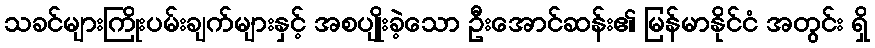
သခင်များကြိုးပမ်းချက်များနှင့် အစပျိုးခဲ့သော ဦးအောင်ဆန်း၏ မြန်မာနိုင်ငံ အတွင်း ရှိ